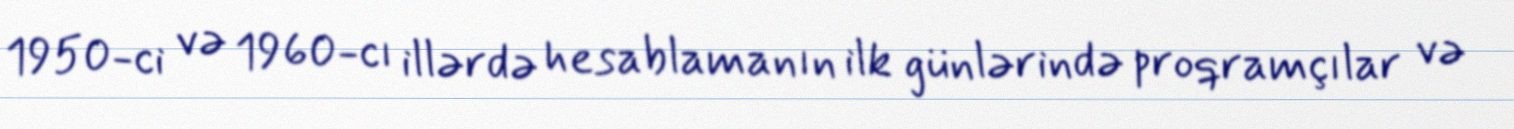
1950-ci və 1960-cı illərdə hesablamanın ilk günlərində proqramçılar və